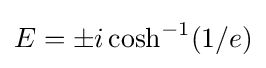
E=\pm i\cosh ^{-1}(1/e)